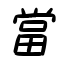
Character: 當